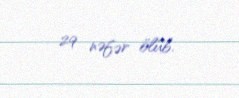
29 nəfər ölüb.